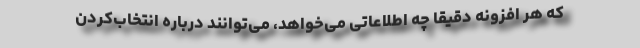
که هر افزونه دقیقا چه اطلاعاتی می‌خواهد، می‌توانند درباره‌ انتخاب‌کردن